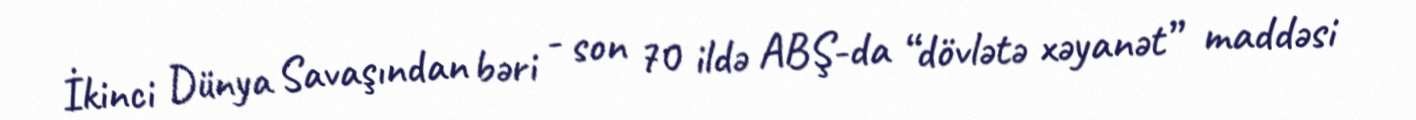
İkinci Dünya Savaşından bəri - son 70 ildə ABŞ-da “dövlətə xəyanət” maddəsi